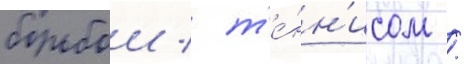
борьбои / т'е́нн'исом /